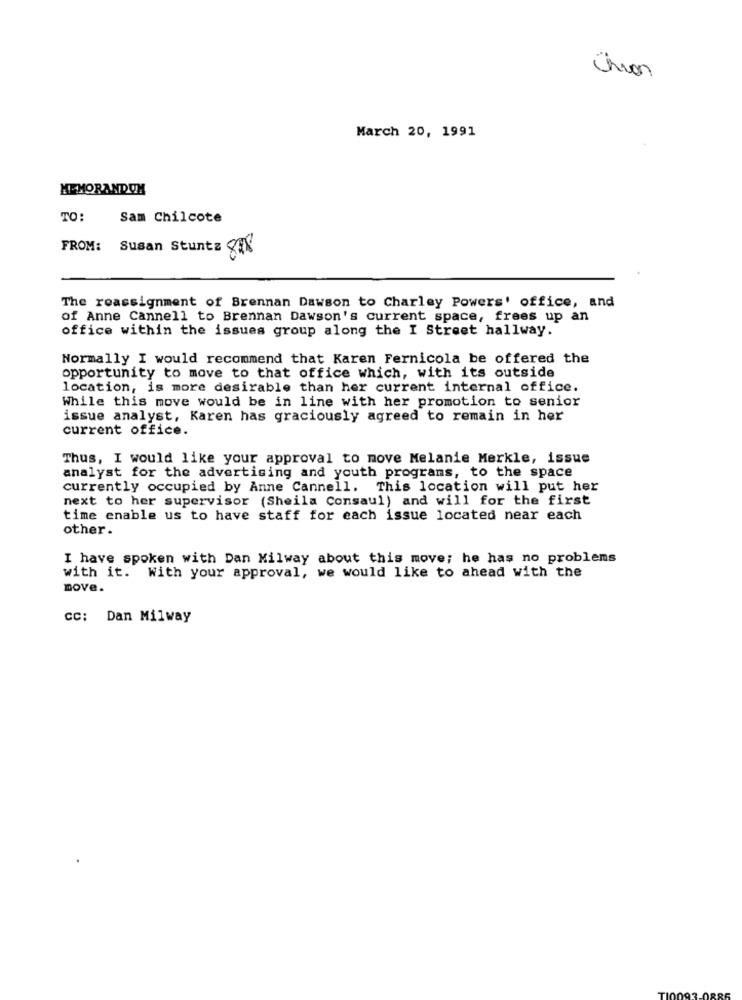
chron
March 20, 1991
MEMORANDUM
TO:
Sam Chilcote
FROM: Susan Stuntz .
The reassignment of Brennan Dawson to Charley Powers' office, and
of Anne Cannell to Brennan Dawson's current space, frees up an
office within the issues group along the I Street hallway.
Normally I would recommend that Karen Fernicola be offered the
opportunity to move to that office which, with its outside
location, is more desirable than her current internal office.
While this move would be in line with her promotion to senior
issue analyst, Karen has graciously agreed to remain in her
current office.
Thus, I would like your approval to move Melanie Merkle, issue
analyst for the advertising and youth programs, to the space
currently occupied by Anne Cannell. This location will put her
next to her supervisor (Sheila Consaul) and will for the first
time enable us to have staff for each issue located near each
other .
I have spoken with Dan Milway about this move; he has no problems
with it. With your approval, we would like to ahead with the
move.
CC: Dan Milway